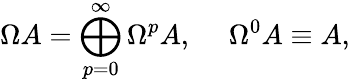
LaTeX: \Omega A=\bigoplus_{p=0}^{\infty}\Omega^{p}A,\ \ \ \ \ \Omega^{0}A\equiv A,